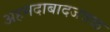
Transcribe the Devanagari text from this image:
अहमदाबादजवळ